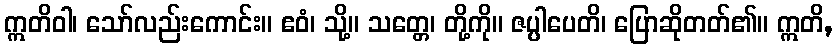
ဣတိဝါ၊ သော်လည်းကောင်း။ ဧဝံ၊ သို့။ သတ္တေ၊ တို့ကို။ ဇပ္ပါပေတိ၊ ပြောဆိုတတ်၏။ ဣတိ,